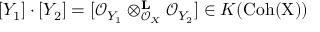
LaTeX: [ Y _ { 1 } ] \cdot [ Y _ { 2 } ] = [ { \mathcal { O } } _ { Y _ { 1 } } \otimes _ { { \mathcal { O } } _ { X } } ^ { \mathbf { L } } { \mathcal { O } } _ { Y _ { 2 } } ] \in K ( { \mathrm { C o h ( X ) } } )